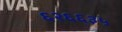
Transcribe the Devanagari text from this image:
६२६६३५